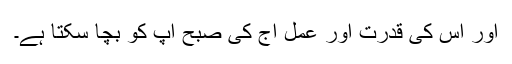
اور اُس کی قدرت اور عمل آج کی صبح آپ کو بچا سکتا ہے۔